Source: Handwritten
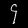
Digit: ၄ (4)